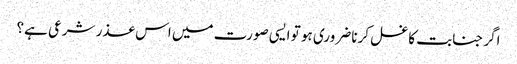
اگر جنابت کا غسل کرنا ضروری ہو تو ایسی صورت میں اس عذر شرعی ہے؟